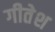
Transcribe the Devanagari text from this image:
गीतेश